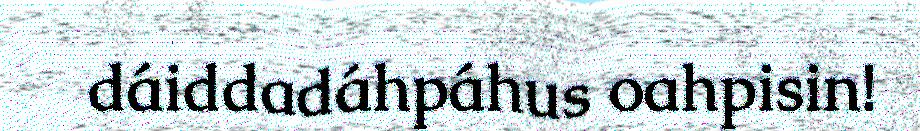
dáiddadáhpáhus oahpisin!